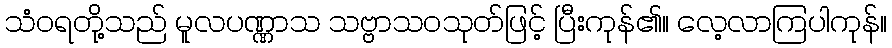
သံဝရတို့သည် မူလပဏ္ဏာသ သဗ္ဗာသဝသုတ်ဖြင့် ပြီးကုန်၏။ လေ့လာကြပါကုန်။